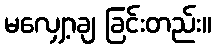
မလျှော့ချ ခြင်းတည်း။